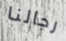
رجالنا